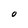
Character: O